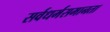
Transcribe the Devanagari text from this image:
सर्वधर्मसमानता